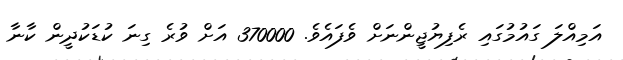
އަމިއްލަ ގައުމުގައި ރެފިޔުޖީންނަށް ވެފައެވެ. 370000 އަށް ވުރެ ގިނަ ކުޑަކުދީން ކާނާ